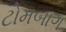
ટોમબાગ